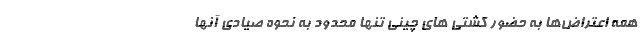
همه اعتراض‌ها به حضور کشتی های چینی تنها محدود به نحوه صیادی آنها